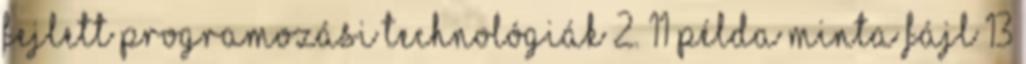
Fejlett Programozási Technológiák 2. 11 Példa Minta fájl 13